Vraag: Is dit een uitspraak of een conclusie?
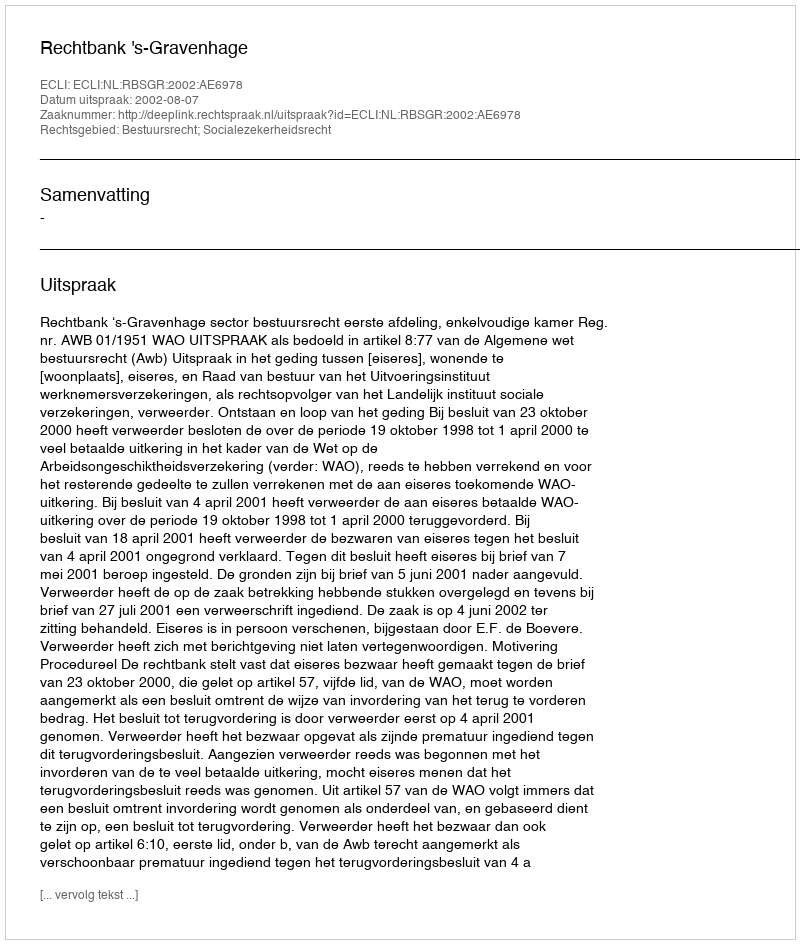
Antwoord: Uitspraak